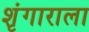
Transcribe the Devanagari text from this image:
शृंगाराला